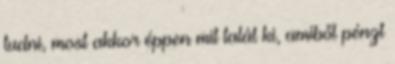
tudni, most akkor éppen mit talál ki, amiből pénzt